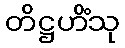
တိဋ္ဌဟိံသု